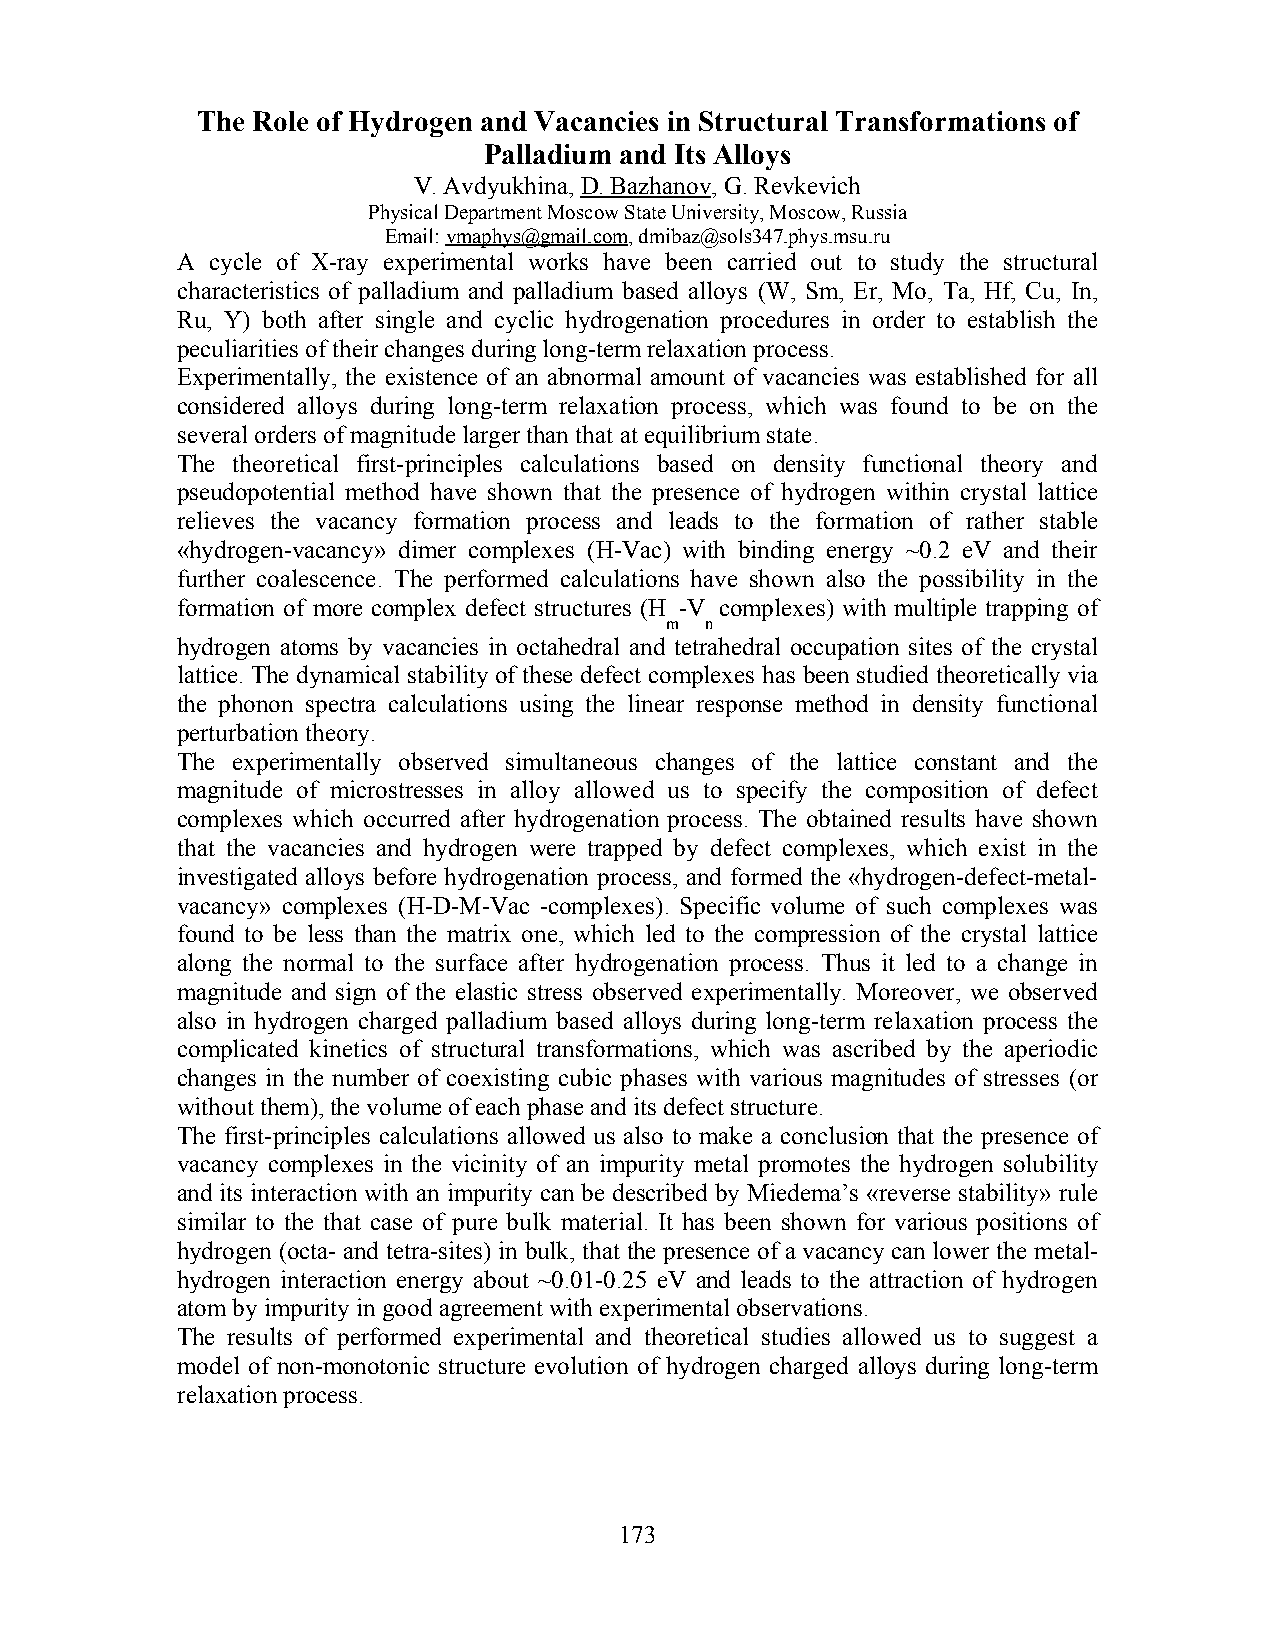
The Role of Hydrogen and Vacancies in Structural Transformations of
 Palladium and Its Alloys
 V. Avdyukhina, D. Bazhanov, G. Revkevich
 Physical Department Moscow State University, Moscow, Russia
 Email: vmaphys@gmail.com, dmibaz@sols347.phys.msu.ru
 A cycle of X-ray experimental works have been carried out to study the structural
 characteristics of palladium and palladium based alloys (W, Sm, Er, Mo, Ta, Hf, Cu, In,
 Ru, Y) both after single and cyclic hydrogenation procedures in order to establish the
 peculiarities of their changes during long-term relaxation process.
 Experimentally, the existence of an abnormal amount of vacancies was established for all
 considered alloys during long-term relaxation process, which was found to be on the
 several orders of magnitude larger than that at equilibrium state.
 The theoretical first-principles calculations based on density functional theory and
 pseudopotential method have shown that the presence of hydrogen within crystal lattice
 relieves the vacancy formation process and leads to the formation of rather stable
 «hydrogen-vacancy» dimer complexes (H-Vac) with binding energy ~0.2 eV and their
 further coalescence. The performed calculations have shown also the possibility in the
 formation of more complex defect structures (H -V complexes) with multiple trapping of
 m  n
 hydrogen atoms by vacancies in octahedral and tetrahedral occupation sites of the crystal
 lattice. The dynamical stability of these defect complexes has been studied theoretically via
 the phonon spectra calculations using the linear response method in density functional
 perturbation theory.
 The experimentally observed simultaneous changes of the lattice constant and the
 magnitude of microstresses in alloy allowed us to specify the composition of defect
 complexes which occurred after hydrogenation process. The obtained results have shown
 that the vacancies and hydrogen were trapped by defect complexes, which exist in the
 investigated alloys before hydrogenation process, and formed the «hydrogen-defect-metal-
 vacancy» complexes (H-D-M-Vac -complexes). Specific volume of such complexes was
 found to be less than the matrix one, which led to the compression of the crystal lattice
 along the normal to the surface after hydrogenation process. Thus it led to a change in
 magnitude and sign of the elastic stress observed experimentally. Moreover, we observed
 also in hydrogen charged palladium based alloys during long-term relaxation process the
 complicated kinetics of structural transformations, which was ascribed by the aperiodic
 changes in the number of coexisting cubic phases with various magnitudes of stresses (or
 without them), the volume of each phase and its defect structure.
 The first-principles calculations allowed us also to make a conclusion that the presence of
 vacancy complexes in the vicinity of an impurity metal promotes the hydrogen solubility
 and its interaction with an impurity can be described by Miedema’s «reverse stability» rule
 similar to the that case of pure bulk material. It has been shown for various positions of
 hydrogen (octa- and tetra-sites) in bulk, that the presence of a vacancy can lower the metal-
 hydrogen interaction energy about ~0.01-0.25 eV and leads to the attraction of hydrogen
 atom by impurity in good agreement with experimental observations.
 The results of performed experimental and theoretical studies allowed us to suggest a
 model of non-monotonic structure evolution of hydrogen charged alloys during long-term
 relaxation process.
 173